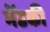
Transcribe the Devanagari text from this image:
मॆंडकी